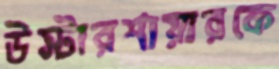
উস্টারশায়ারকে